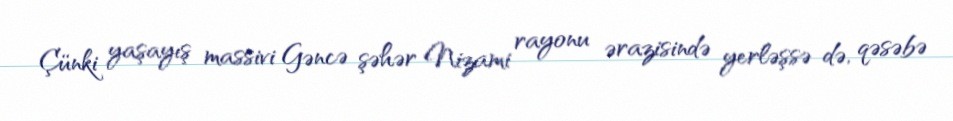
Çünki yaşayış massivi Gəncə şəhər Nizami rayonu ərazisində yerləşsə də, qəsəbə